Indian journal of veterinary science and animal husbandry - Volume 4,
Year: 1934
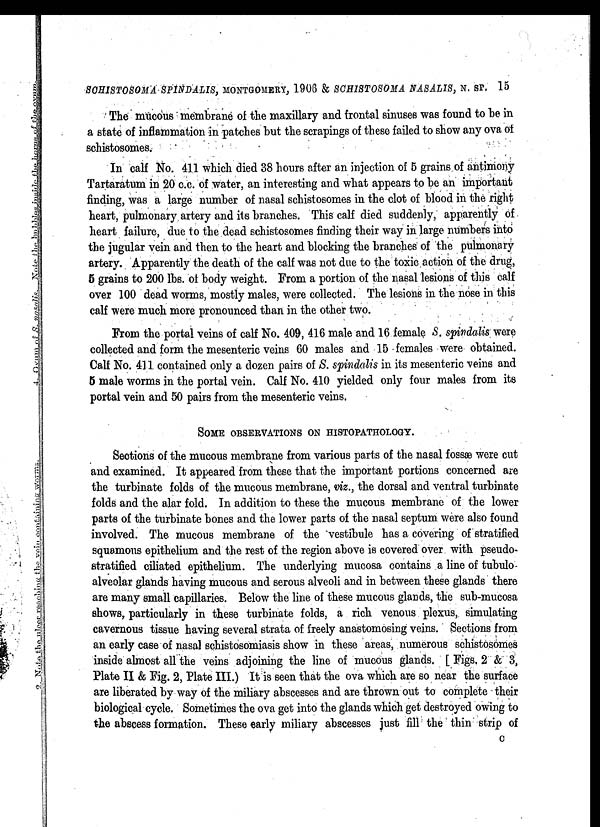
SCHISTOSOMA SPINDALIS, MONTGOMERY, 1906 & SCHISTOSOMA NASALIS, N. SP. 15
The mucous membrane of the maxillary and frontal sinuses was found to be in
a state of inflammation in patches but the scrapings of these failed to show any ova of
schistosomes.
In calf No. 411 which died 38 hours after an injection of 5 grains of antimony
Tartaratum in 20 c.c. of water, an interesting and what appears to be an important
finding, was a large number of nasal schistosomes in the clot of blood in the right
heart, pulmonary artery and its branches. This calf died suddenly, apparently of
heart failure, due to the dead schistosomes finding their way in large numbers into
the jugular vein and then to the heart and blocking the branches of the pulmonary
artery. Apparently the death of the calf was not due to the toxic action of the drug,
5 grains to 200 lbs. of body weight. From a portion of the nasal lesions of this calf
over 100 dead worms, mostly males, were collected. The lesions in the nose in this
calf were much more pronounced than in the other two.
From the portal veins of calf No. 409, 416 male and 16 female S. spindalis were
collected and form the mesenteric veins 60 males and 15 females were obtained.
Calf No. 411 contained only a dozen pairs of S. spindalis in its mesenteric veins and
5 male worms in the portal vein. Calf No. 410 yielded only four males from its
portal vein and 50 pairs from the mesenteric veins.
SOME OBSERVATIONS ON HISTOPATHOLOGY.
Sections of the mucous membrane from various parts of the nasal fossæ were cut
and examined. It appeared from these that the important portions concerned are
the turbinate folds of the mucous membrane, viz., the dorsal and ventral turbinate
folds and the alar fold. In addition to these the mucous membrane of the lower
parts of the turbinate bones and the lower parts of the nasal septum were also found
involved. The mucous membrane of the vestibule has a covering of stratified
squamous epithelium and the rest of the region above is covered over with pseudo¬
stratified ciliated epithelium. The underlying mucosa contains a line of tubulo
alveolar glands having mucous and serous alveoli and in between these glands there
are many small capillaries. Below the line of these mucous glands, the sub-mucosa
shows, particularly in these turbinate folds, a rich venous plexus, simulating
cavernous tissue having several strata of freely anastomosing veins. Sections from
an early case of nasal schistosomiasis show in these areas, numerous schistosomes
inside almost all the veins adjoining the line of mucous glands. [ Figs. 2 & 3,
Plate II & Fig. 2, Plate III.) It is seen that the ova which are so near the surface
are liberated by way of the miliary abscesses and are thrown out to complete their
biological cycle. Sometimes the ova get into the glands which get destroyed owing to
the abscess formation. These early miliary abscesses just fill the thin strip of
C